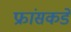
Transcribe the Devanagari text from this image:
फ्रांसकडे